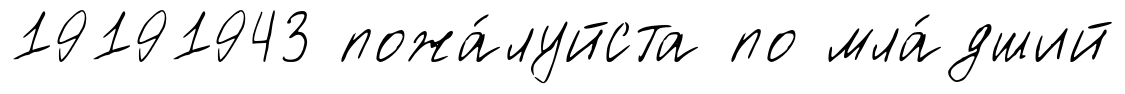
19191943 пожа́луйста по мла́дший